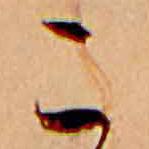
こ